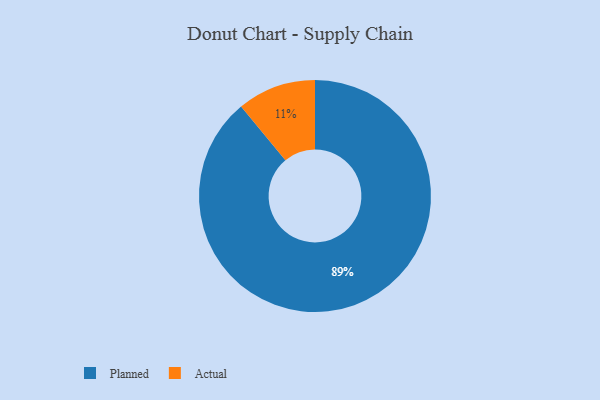
{"axis": {"x": "Category", "y": "Percentage"}, "legend": ["Actual", "Planned"], "data": [{"x": "Planned", "y": 89, "type": "Planned"}, {"x": "Actual", "y": 11, "type": "Actual"}]}